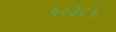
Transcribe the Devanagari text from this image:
१०३८५